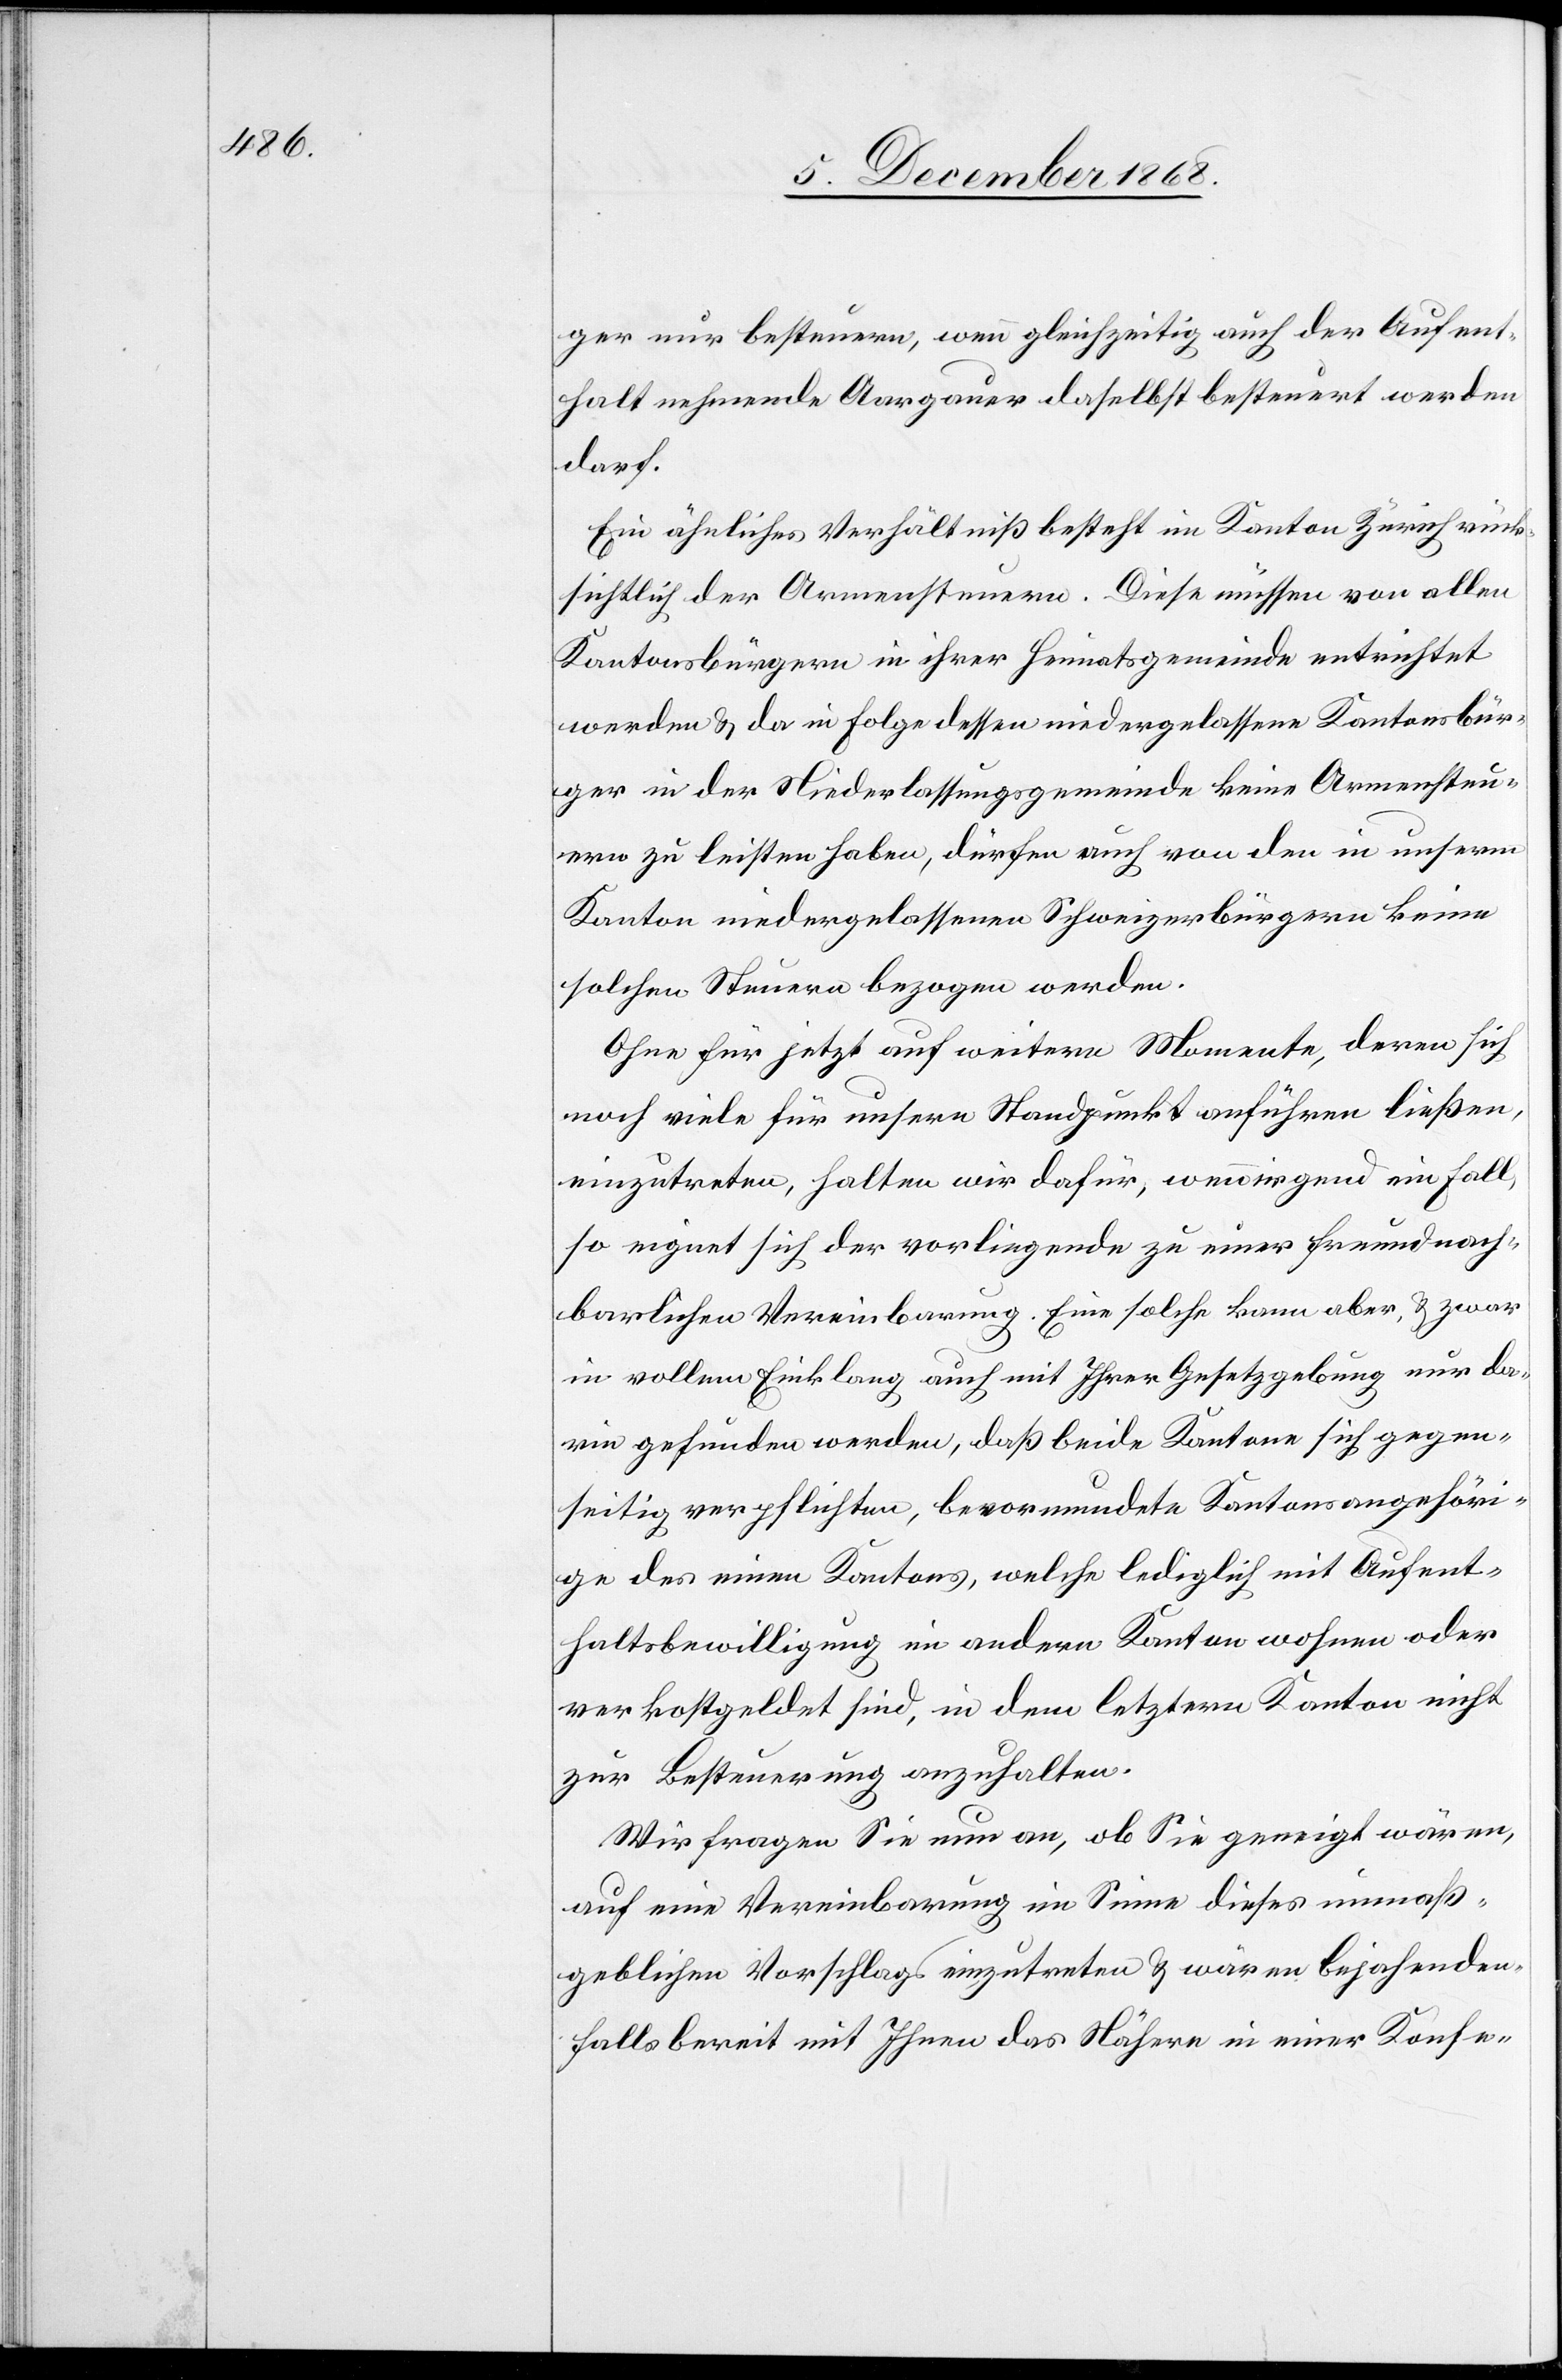
ger nur besteuern, wenn gleichzeitig auch der Aufent¬
halt nehmende Aargauer daselbst besteuert werden
darf.
Ein ähnliches Verhältniß besteht im Kanton Zürich rück¬
sichtlich der Armensteuern. Diese müssen von allen
Kantonsbürgern in ihrer Heimatsgemeinde entrichtet
werden & da in Folge dessen niedergelassene Kantonsbür¬
ger in der Niederlassungsgemeinde keine Armensteu¬
ern zu leisten haben, dürfen auch von den in unserm
Kanton niedergelassenen Schweizerbürgern keine
solchen Steuern bezogen werden.
Ohne für jetzt auf weitere Momente, deren sich
noch viele für unsern Standpunkt anführen ließen,
einzutreten, halten wir dafür, wenn irgend ein Fall,
so eignet sich der vorliegende zu einer freundnach¬
barlichen Vereinbarung. Eine solche kann aber, & zwar
in vollem Einklang auch mit Ihrer Gesetzgebung nur da¬
rin gefunden werden, daß beide Kantone sich gegen¬
seitig verpflichten, bevormundete Kantonsangehöri¬
ge des einen Kantons, welche lediglich mit Aufent¬
haltsbewilligung im andern Kanton wohnen oder
verkostgeldet sind, in dem letztern Kanton nicht
zur Besteuerung anzuhalten.
Wir fragen Sie nun an, ob Sie geneigt wären,
auf eine Vereinbarung im Sinne dieses unmaß¬
geblichen Vorschlags einzutreten & wären bejahenden¬
falls bereit mit Ihnen das Nähere in einer Konfe-